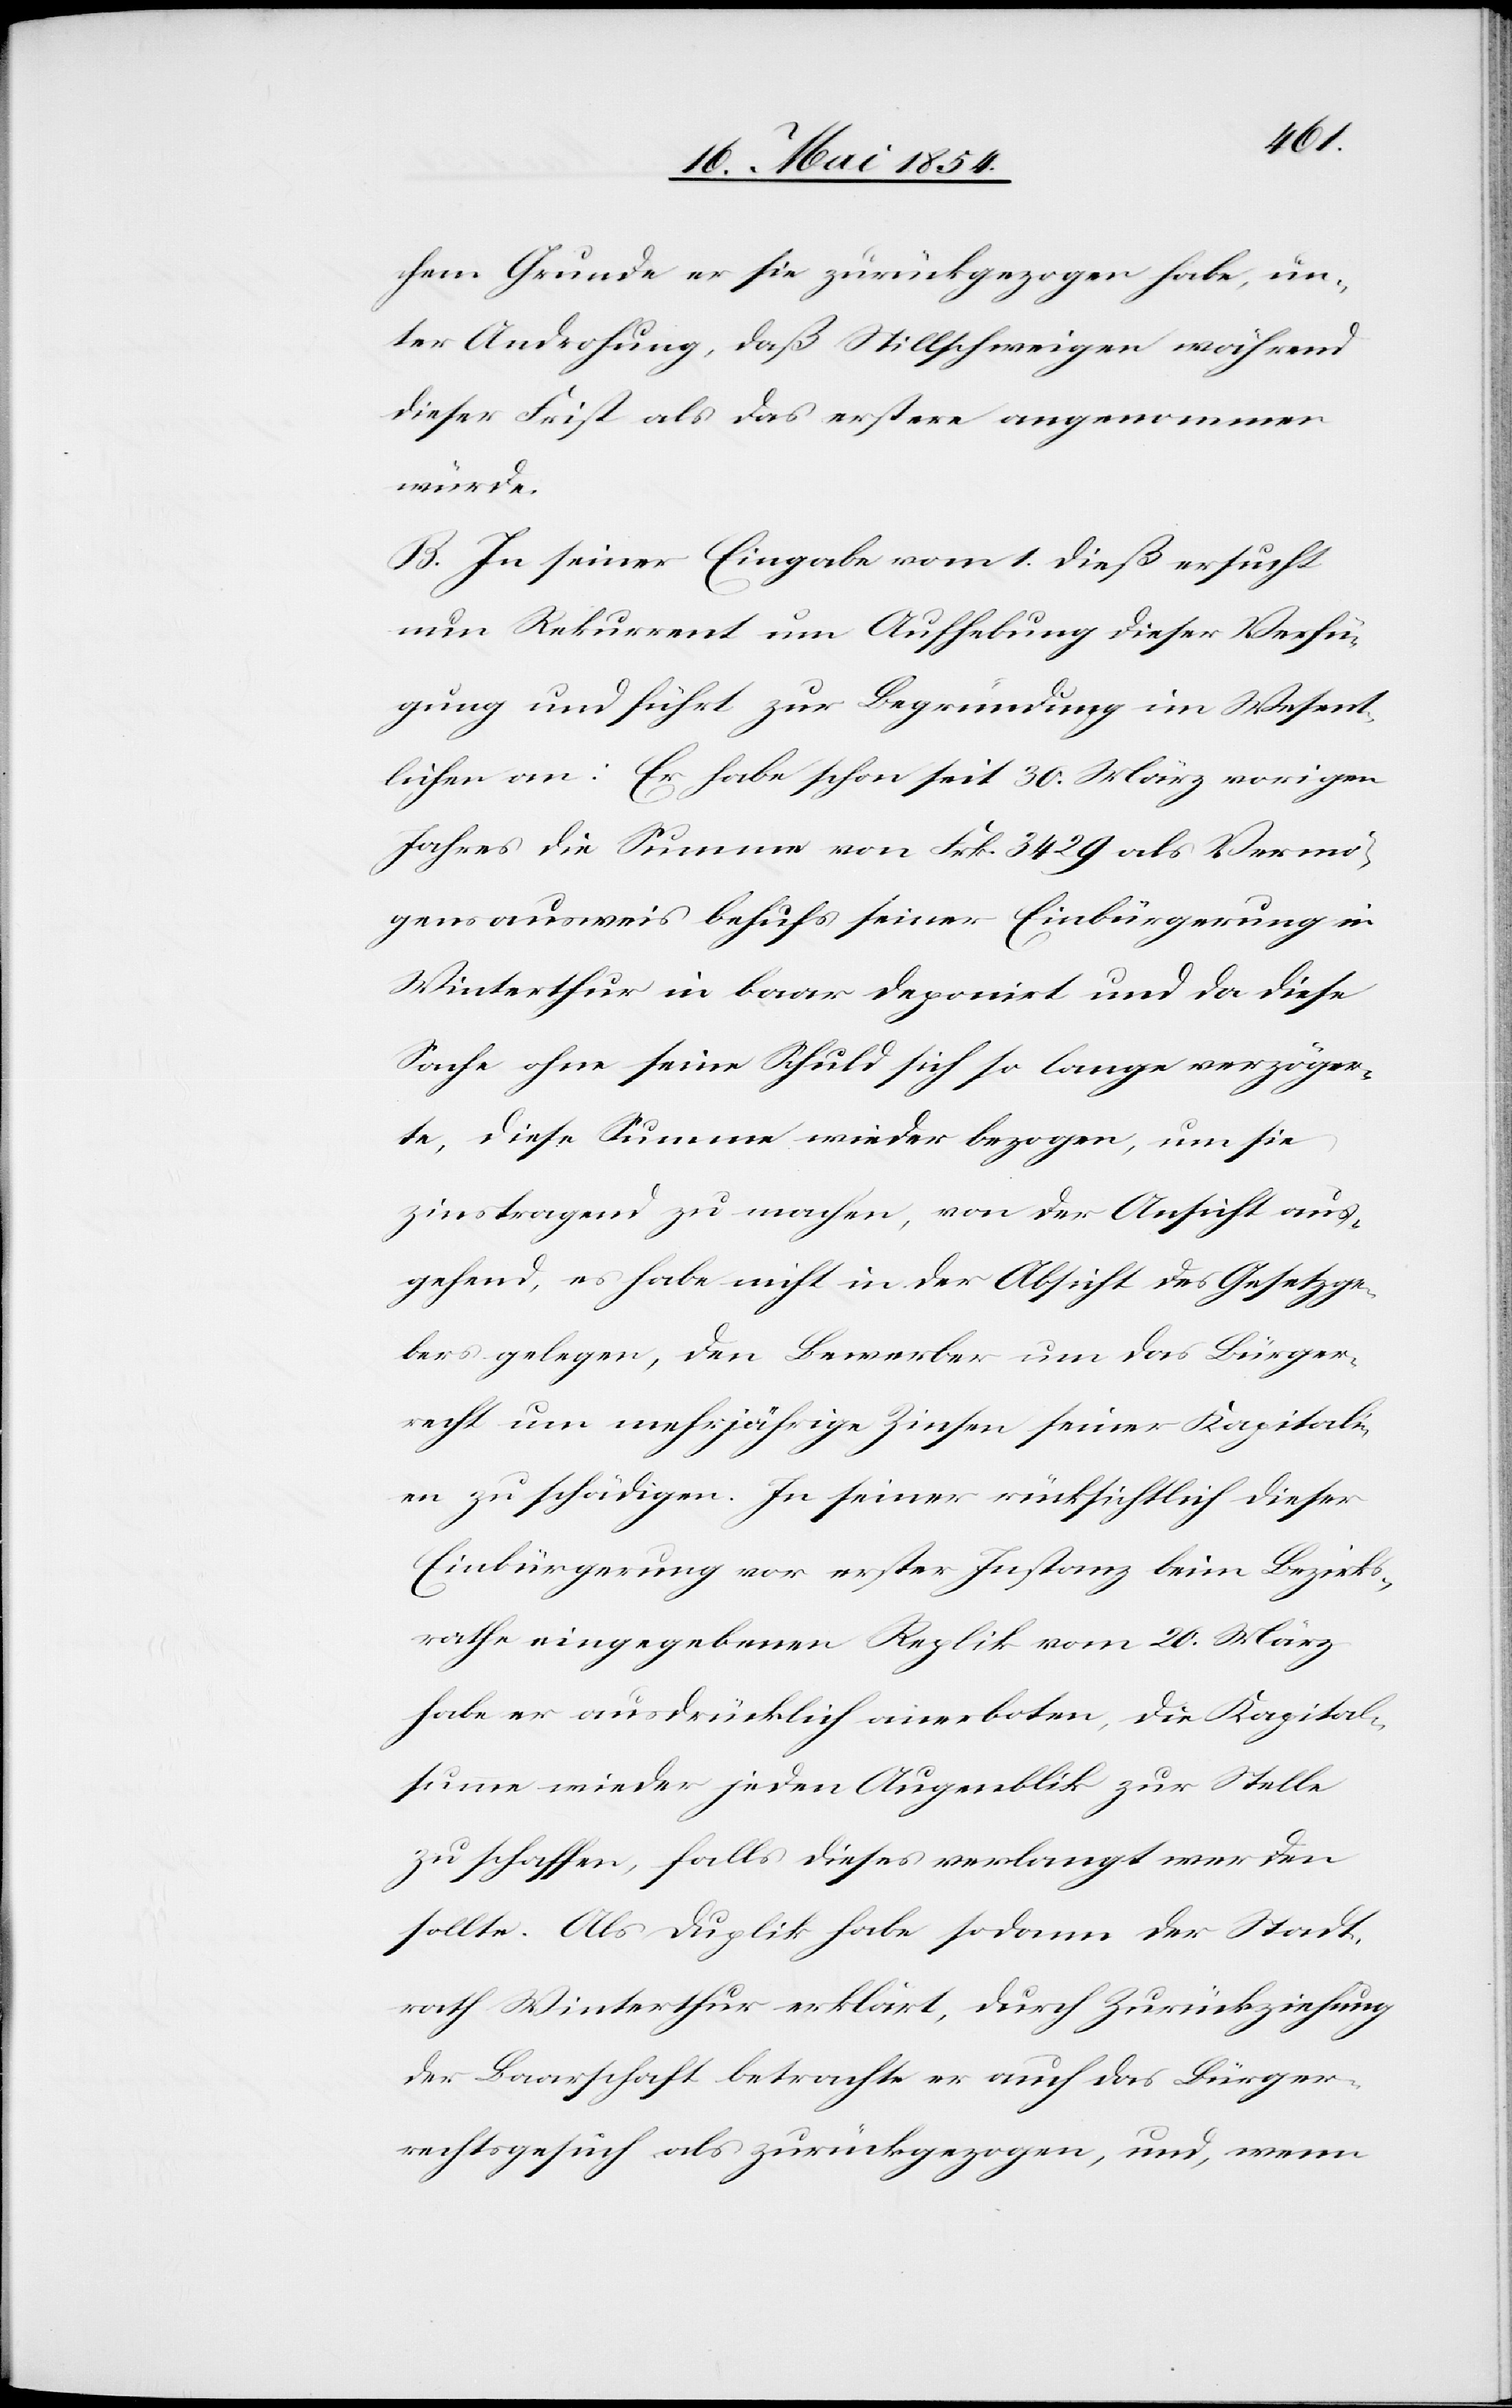
chem Grunde er sie zurückgezogen habe, un¬
ter Androhung, daß Stillschweigen während
dieser Frist als das erstere angenommen
würde.
B. In seiner Eingabe vom 1. dieß ersucht
nun Rekurrent um Aufhebung dieser Verfü¬
gung und führt zur Begründung im Wesent¬
lichen an: Er habe schon seit 30. März vorigen
Jahres die Summe von Frk. 3429 als Vermö¬
genausweis behufs seiner Einbürgerung in
Winterthur in baar deponirt und da diese
Sache ohne seine Schuld sich so lange verzöger¬
te, diese Summe wieder bezogen, um sie
zinstragend zu machen, von der Ansicht aus¬
gehend, es habe nicht in der Absicht des Gesetzge¬
bers gelegen, den Bewerber um das Bürger¬
recht um mehrjährige Zinsen seiner Kapitali¬
en zu schädigen. In seiner rücksichtlich dieser
Einbürgerung vor erster Instanz beim Bezirks¬
rathe eingegebenen Replik vom 20. März
habe er ausdrücklich anerboten, die Kapital¬
summe wieder jeden Augenblick zur Stelle
zu schaffen, falls dieses verlangt werden
sollte. Als Duplik habe sodann der Stadt¬
rath Winterthur erklärt, durch Zurückziehung
der Baarschaft betrachte er auch das Bürger¬
rechtsgesuch als zurückgezogen, und, wenn